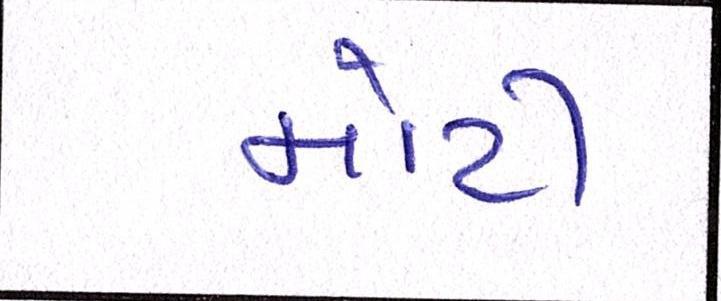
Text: મોટી